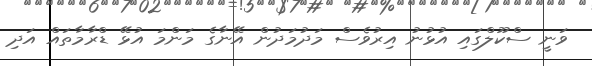
ވަނީ ސްކޫލްގައި އުޅުނު އިރުވެސް މަދުމަދުން އޭނާގެ މަންމަ އުޅޭ ޑްރާމާތައް އަދި